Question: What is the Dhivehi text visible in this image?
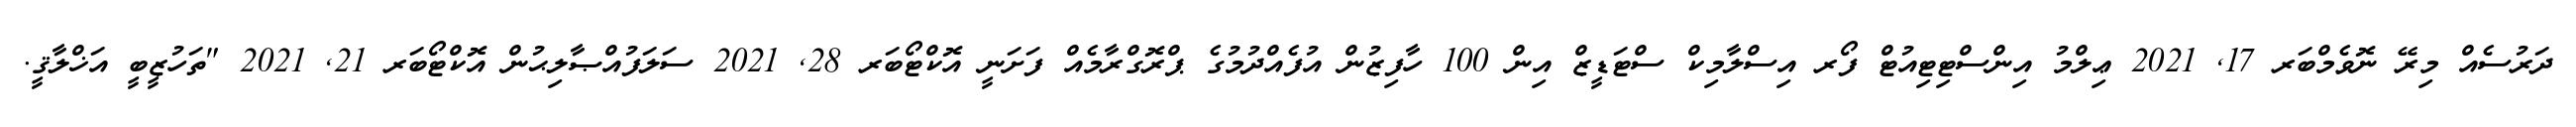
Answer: ދަރުސެއް މިރޭ ނޮވެމްބަރ 17, 2021 ޢިލްމު އިންސްޓިޓިއުޓް ފޯރ އިސްލާމިކް ސްޓަޑީޒް އިން 100 ހާފިޒުން އުފެއްދުމުގެ ޕްރޮގްރާމެއް ފަށަނީ އޮކްޓޯބަރ 28, 2021 ސަލަފުއްޞާލިޙުން އޮކްޓޯބަރ 21, 2021 "ތަހުޒީބީ އަޚްލާޤީ.